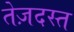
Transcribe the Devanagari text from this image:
तेज़दस्त